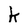
Character: k